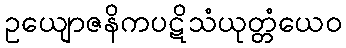
ဥယျောဇနိကပဋိသံယုတ္တံယေဝ